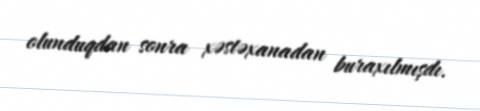
olunduqdan sonra xəstəxanadan buraxılmışdı.